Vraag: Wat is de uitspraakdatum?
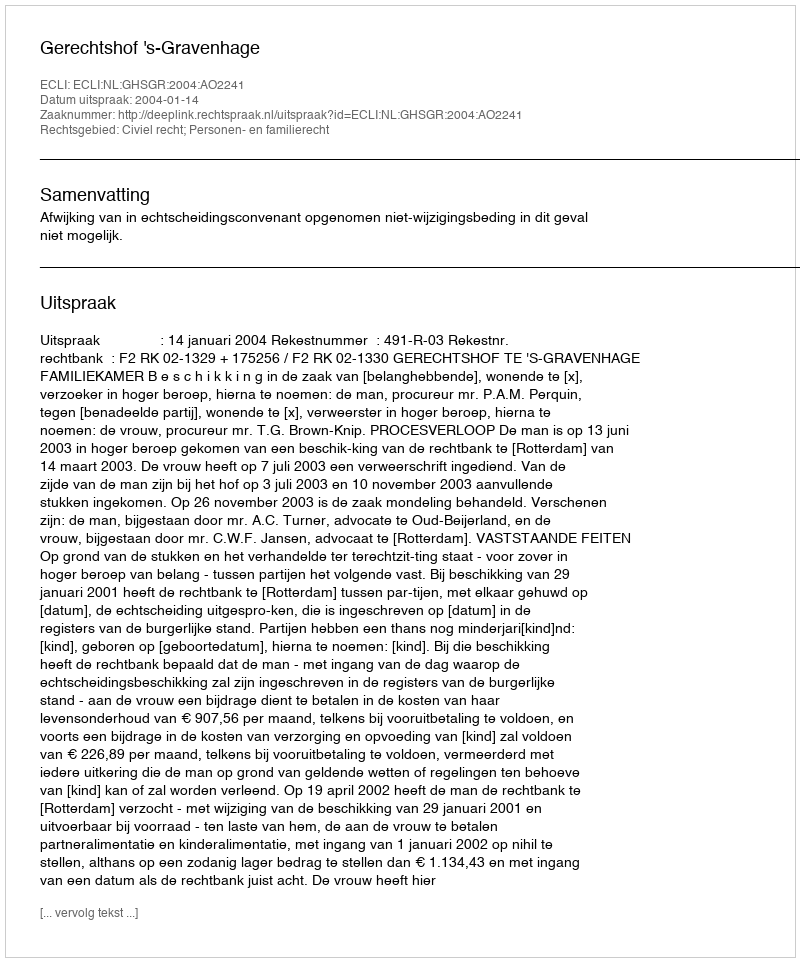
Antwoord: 2004-01-14